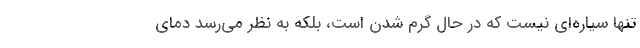
تنها سیاره‌ای نیست که در حال گرم شدن است، بلکه به نظر می‌رسد دمای